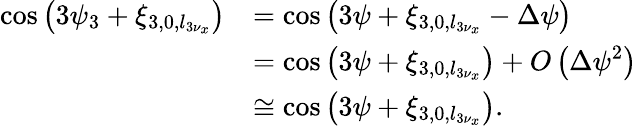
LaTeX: \begin{array}{cl}{\displaystyle\cos\left(3\psi_{3}+\xi_{3,0,l_{3\nu_{x}}}\right)}&{=\displaystyle\cos\left(3\psi+\xi_{3,0,l_{3\nu_{x}}}-\Delta\psi\right)}\\ &{\displaystyle=\cos\left(3\psi+\xi_{3,0,l_{3\nu_{x}}}\right)+O\left(\Delta\psi^{2}\right)}\\ &{\displaystyle\cong\cos\left(3\psi+\xi_{3,0,l_{3\nu_{x}}}\right).}\end{array}